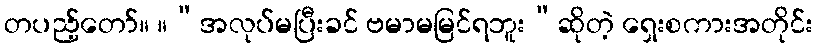
တပည့်တော်။ ။“အလုပ်မပြီးခင် ဗမာမမြင်ရဘူး”ဆိုတဲ့ ရှေးစကားအတိုင်း